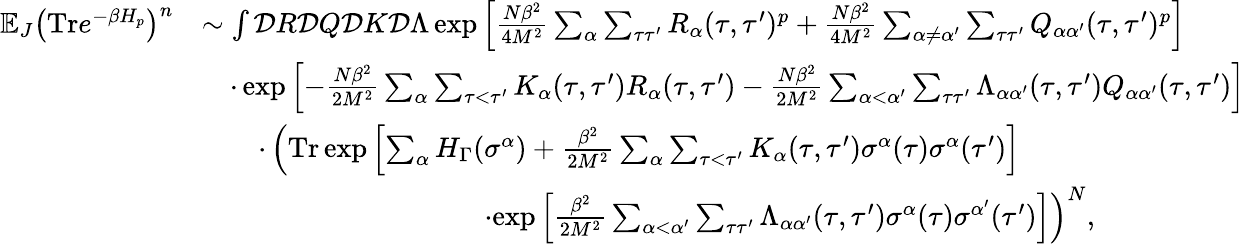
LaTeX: \begin{array}{rl}{\mathbb{E}_{J}\big(\textrm{Tr}e^{-\beta H_{p}}\big)^{n}}&{\sim\int\mathcal{D}R\mathcal{D}Q\mathcal{D}K\mathcal{D}\Lambda\exp{\left[\frac{N\beta^{2}}{4M^{2}}\sum_{\alpha}\sum_{\tau\tau^{\prime}}R_{\alpha}(\tau,\tau^{\prime})^{p}+\frac{N\beta^{2}}{4M^{2}}\sum_{\alpha\neq\alpha^{\prime}}\sum_{\tau\tau^{\prime}}Q_{\alpha\alpha^{\prime}}(\tau,\tau^{\prime})^{p}\right]}}\\ &{\quad\cdot\exp{\left[-\frac{N\beta^{2}}{2M^{2}}\sum_{\alpha}\sum_{\tau<\tau^{\prime}}K_{\alpha}(\tau,\tau^{\prime})R_{\alpha}(\tau,\tau^{\prime})-\frac{N\beta^{2}}{2M^{2}}\sum_{\alpha<\alpha^{\prime}}\sum_{\tau\tau^{\prime}}\Lambda_{\alpha\alpha^{\prime}}(\tau,\tau^{\prime})Q_{\alpha\alpha^{\prime}}(\tau,\tau^{\prime})\right]}}\\ &{\quad\quad\cdot\left(\textrm{Tr}\exp{\left[\sum_{\alpha}H_{\Gamma}(\sigma^{\alpha})+\frac{\beta^{2}}{2M^{2}}\sum_{\alpha}\sum_{\tau<\tau^{\prime}}K_{\alpha}(\tau,\tau^{\prime})\sigma^{\alpha}(\tau)\sigma^{\alpha}(\tau^{\prime})\right]}\right.}\\ &{\qquad\qquad\qquad\qquad\qquad\cdot\left.\exp{\left[\frac{\beta^{2}}{2M^{2}}\sum_{\alpha<\alpha^{\prime}}\sum_{\tau\tau^{\prime}}\Lambda_{\alpha\alpha^{\prime}}(\tau,\tau^{\prime})\sigma^{\alpha}(\tau)\sigma^{\alpha^{\prime}}(\tau^{\prime})\right]}\right)^{N},}\end{array}